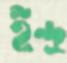
ইন্দ্র